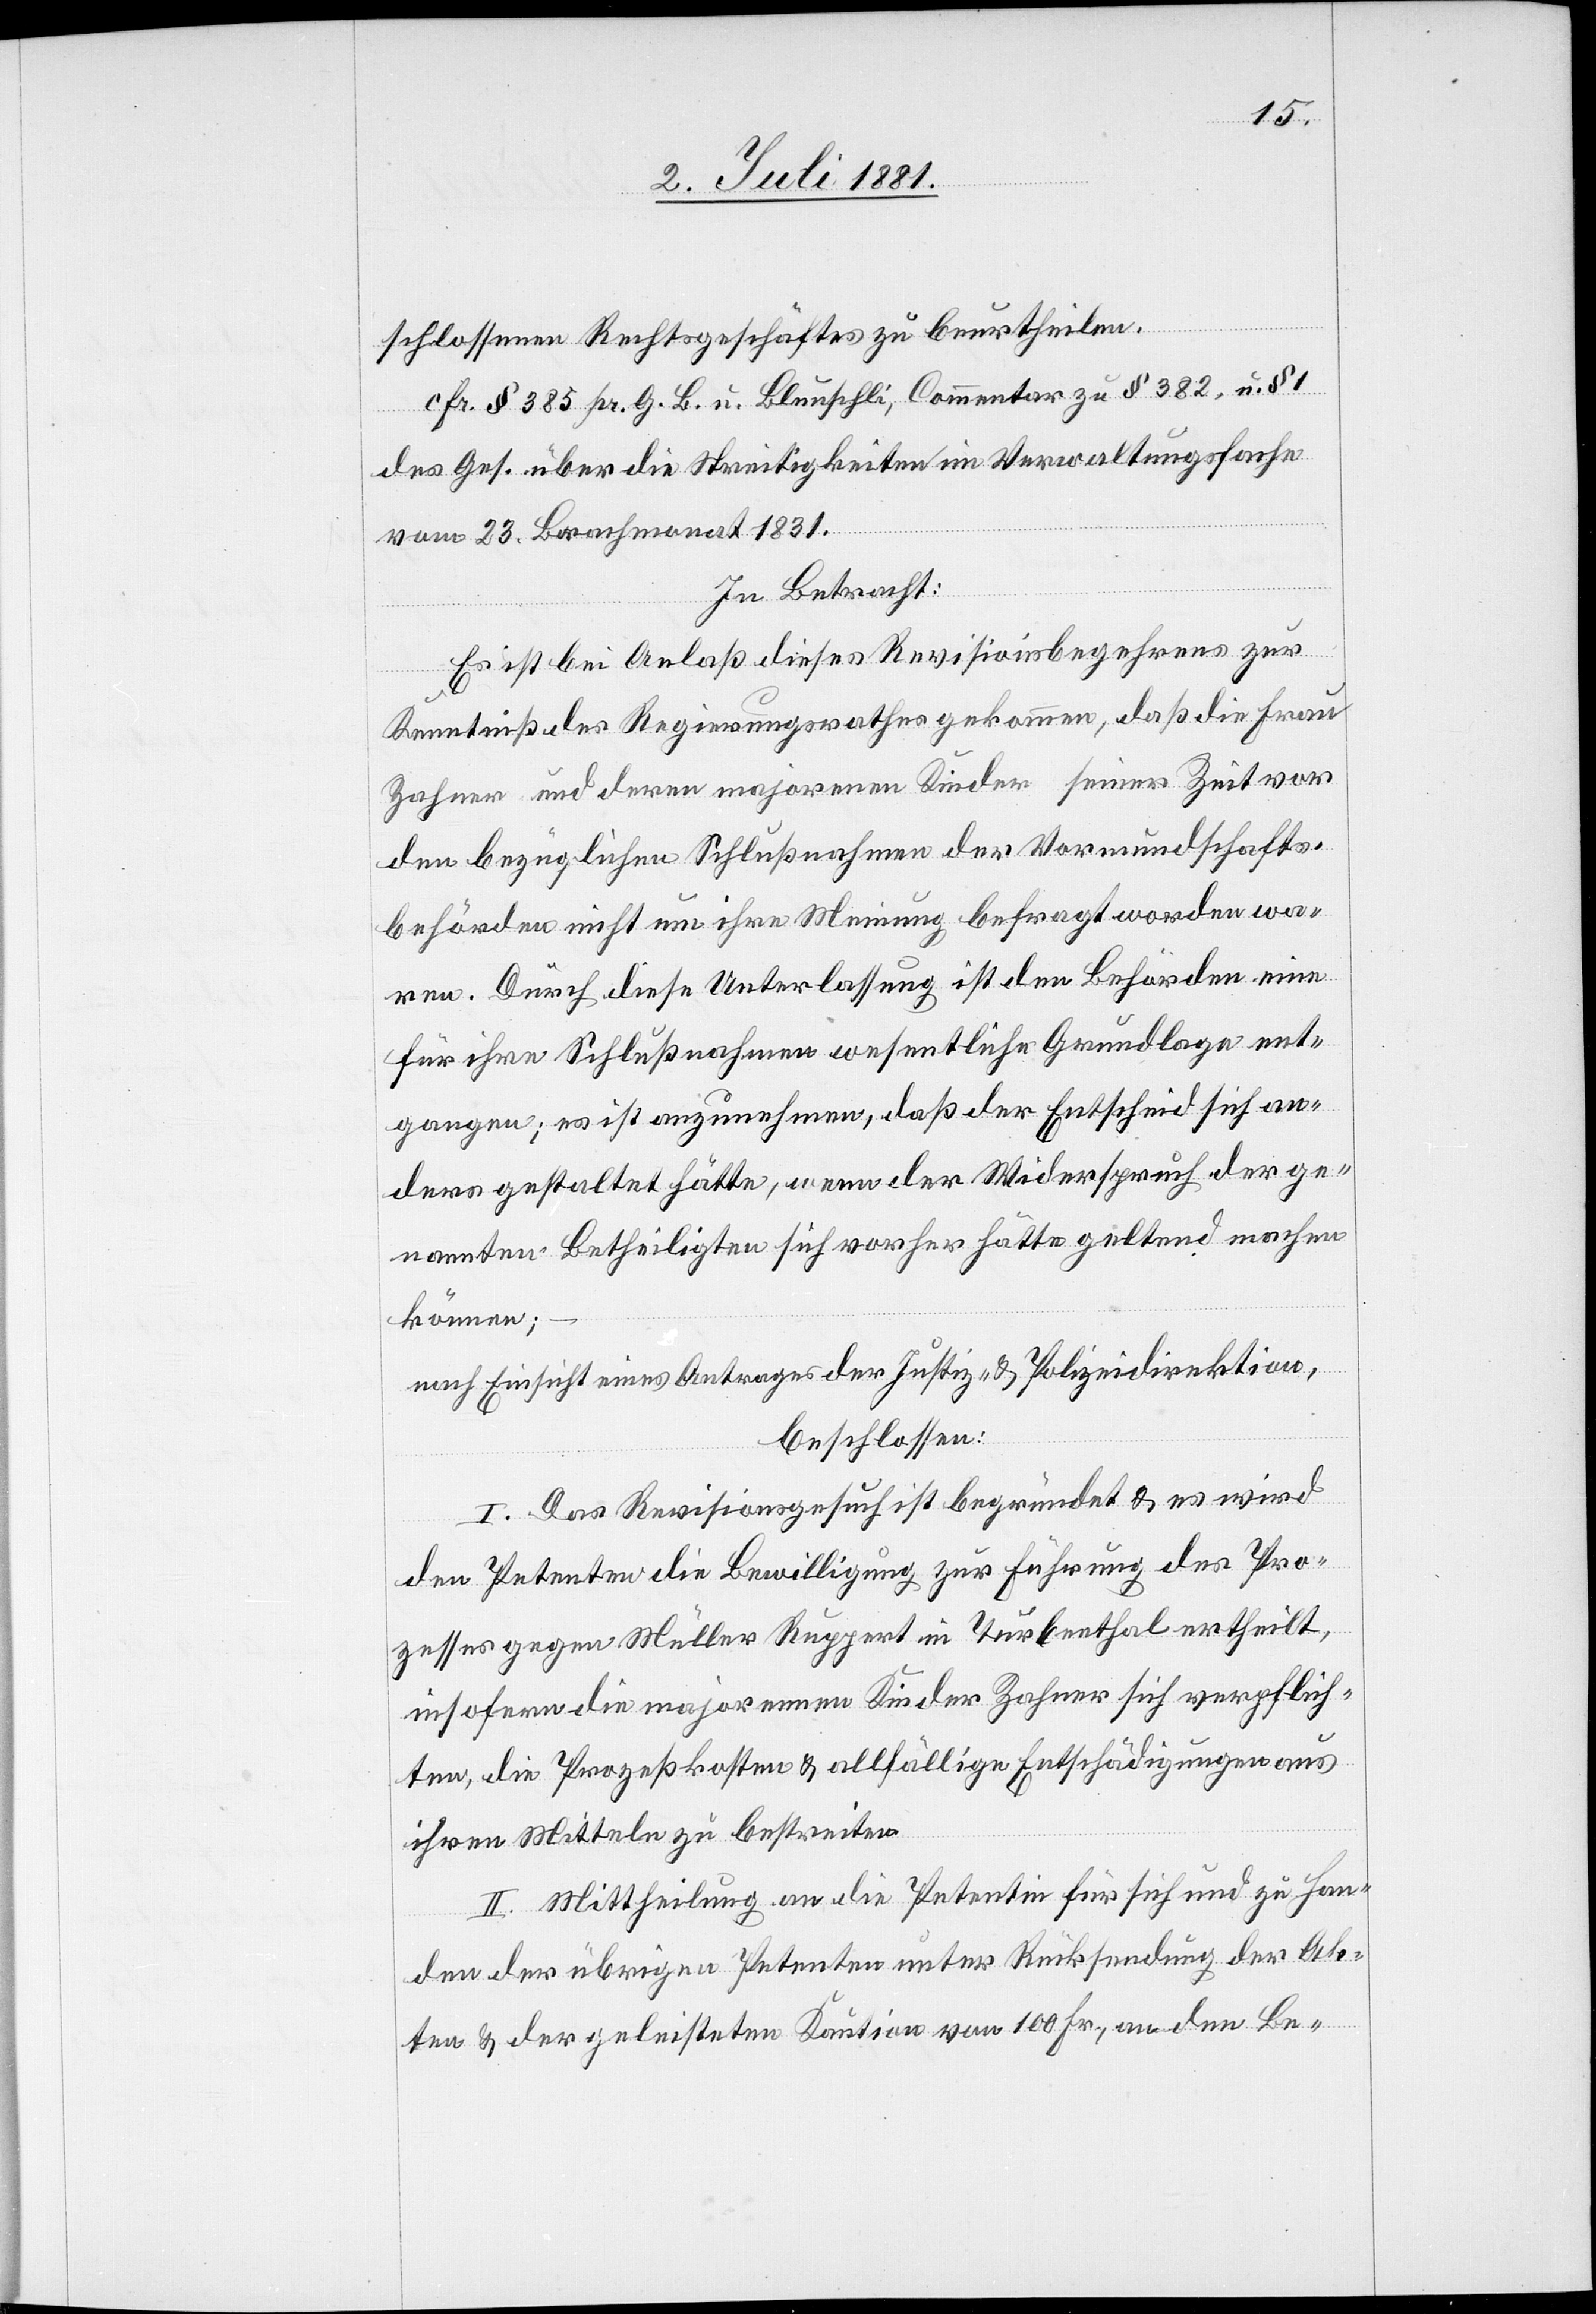
schlossenen Rechtsgeschäftes zu beurteilen.
cfr. § 385 pr. G. B. u. Blunschli, Commentar zu § 382. u. § 1
des Ges. über die Streitigkeiten im Verwaltungsfache
vom 23. Brachmonat 1831.
In Betracht:
Es ist bei Anlaß dieses Revisionsbegehrens zur
Kenntniß des Regierungsrathes gekommen, daß die Frau
Zahner und deren majorenen Kinder seiner Zeit vor
den bezüglichen Schlußnahmen der Vormundschafts¬
behörden nicht um ihre Meinung befragt worden wa¬
ren. Durch diese Unterlassung ist den Behörden eine
für ihre Schlußnahmen wesentliche Grundlage ent¬
gangen; es ist anzunehmen, daß der Entscheid sich an¬
ders gestaltet hätte, wenn der Widerspruch der ge¬
nannten Betheiligten sich vorher hätte geltend machen
können;
nach Einsicht eines Antrages der Justiz- & Polizeidirektion,
beschlossen:
I. Das Revisionsgesuch ist begründet & es wird
den Petenten die Bewilligung zur Führung des Pro¬
zesses gegen Müller Ruppert in Turbenthal ertheilt,
insofern die majorennen Kinder Zahner sich verpflich¬
ten, die Prozeßkosten & allfällige Entschädigungen aus
ihren Mitteln zu bestreiten.
II. Mittheilung an die Petentin für sich und zu Han¬
den der übrigen Petenten unter Rücksendung der Ak¬
ten & der geleisteten Kaution von 100 Fr., an den Be-